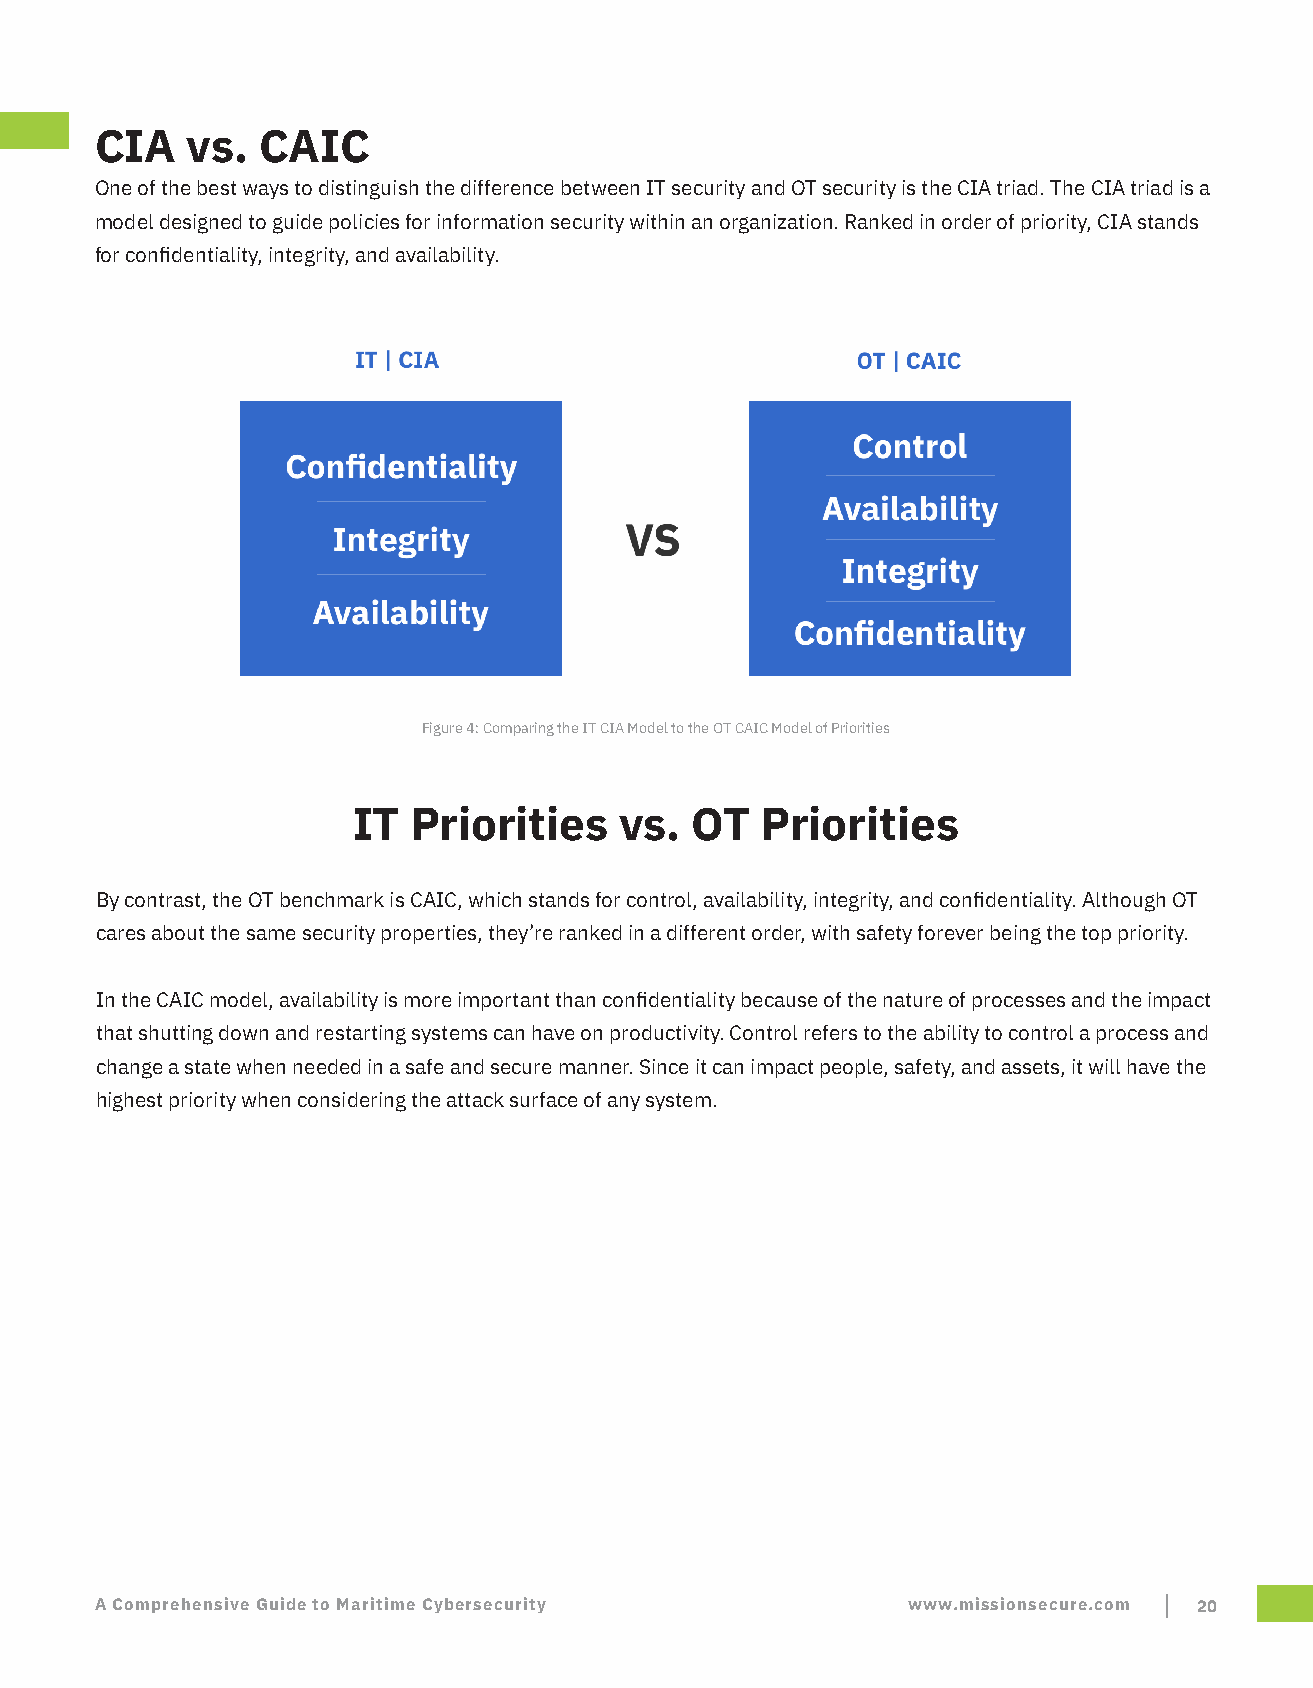
CIA   vs.  CAIC
 One of the best ways to distinguish the difference between IT security and OT security is the CIA triad. The CIA triad is a
 model designed to guide policies for information security within an organization. Ranked in order of priority, CIA stands
 for confidentiality, integrity, and availability.
 Figure 4: Comparing the IT CIA Model to the OT CAIC Model of Priorities
 IT  Priorities    vs.  OT  Priorities
 By contrast, the OT benchmark is CAIC, which stands for control, availability, integrity, and confidentiality. Although OT
 cares about the same security properties, they’re ranked in a different order, with safety forever being the top priority.
 In the CAIC model, availability is more important than confidentiality because of the nature of processes and the impact
 that shutting down and restarting systems can have on productivity. Control refers to the ability to control a process and
 change a state when needed in a safe and secure manner. Since it can impact people, safety, and assets, it will have the
 highest priority when considering the attack surface of any system.
 A Comprehensive Guide to Maritime Cybersecurity       www.missionsecure.com 20